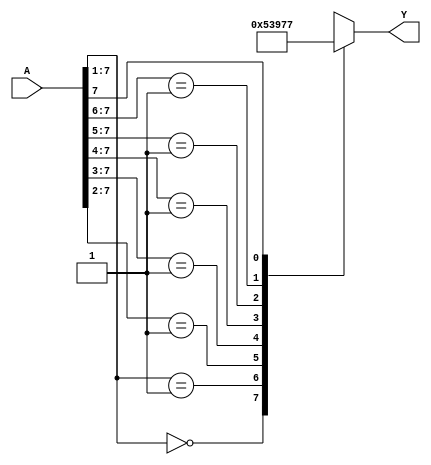
module octal_to_binary_encoder (
    input  wire [7:0] A,   // 8-bit octal input
    output reg  [2:0] Y    // 3-bit binary output
);

    always @(*) begin
        casez (A)
            8'b0000000?: Y = 3'b000; // A[0] active
            8'b0000001?: Y = 3'b001; // A[1] active
            8'b000001??: Y = 3'b010; // A[2] active
            8'b00001???: Y = 3'b011; // A[3] active
            8'b0001????: Y = 3'b100; // A[4] active
            8'b001?????: Y = 3'b101; // A[5] active
            8'b01??????: Y = 3'b110; // A[6] active
            8'b1??????? : Y = 3'b111; // A[7] active
            default: Y = 3'b000;      // Default case when no inputs are active
        endcase
    end

endmodule